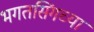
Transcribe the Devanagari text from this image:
भगतसिंगच्या